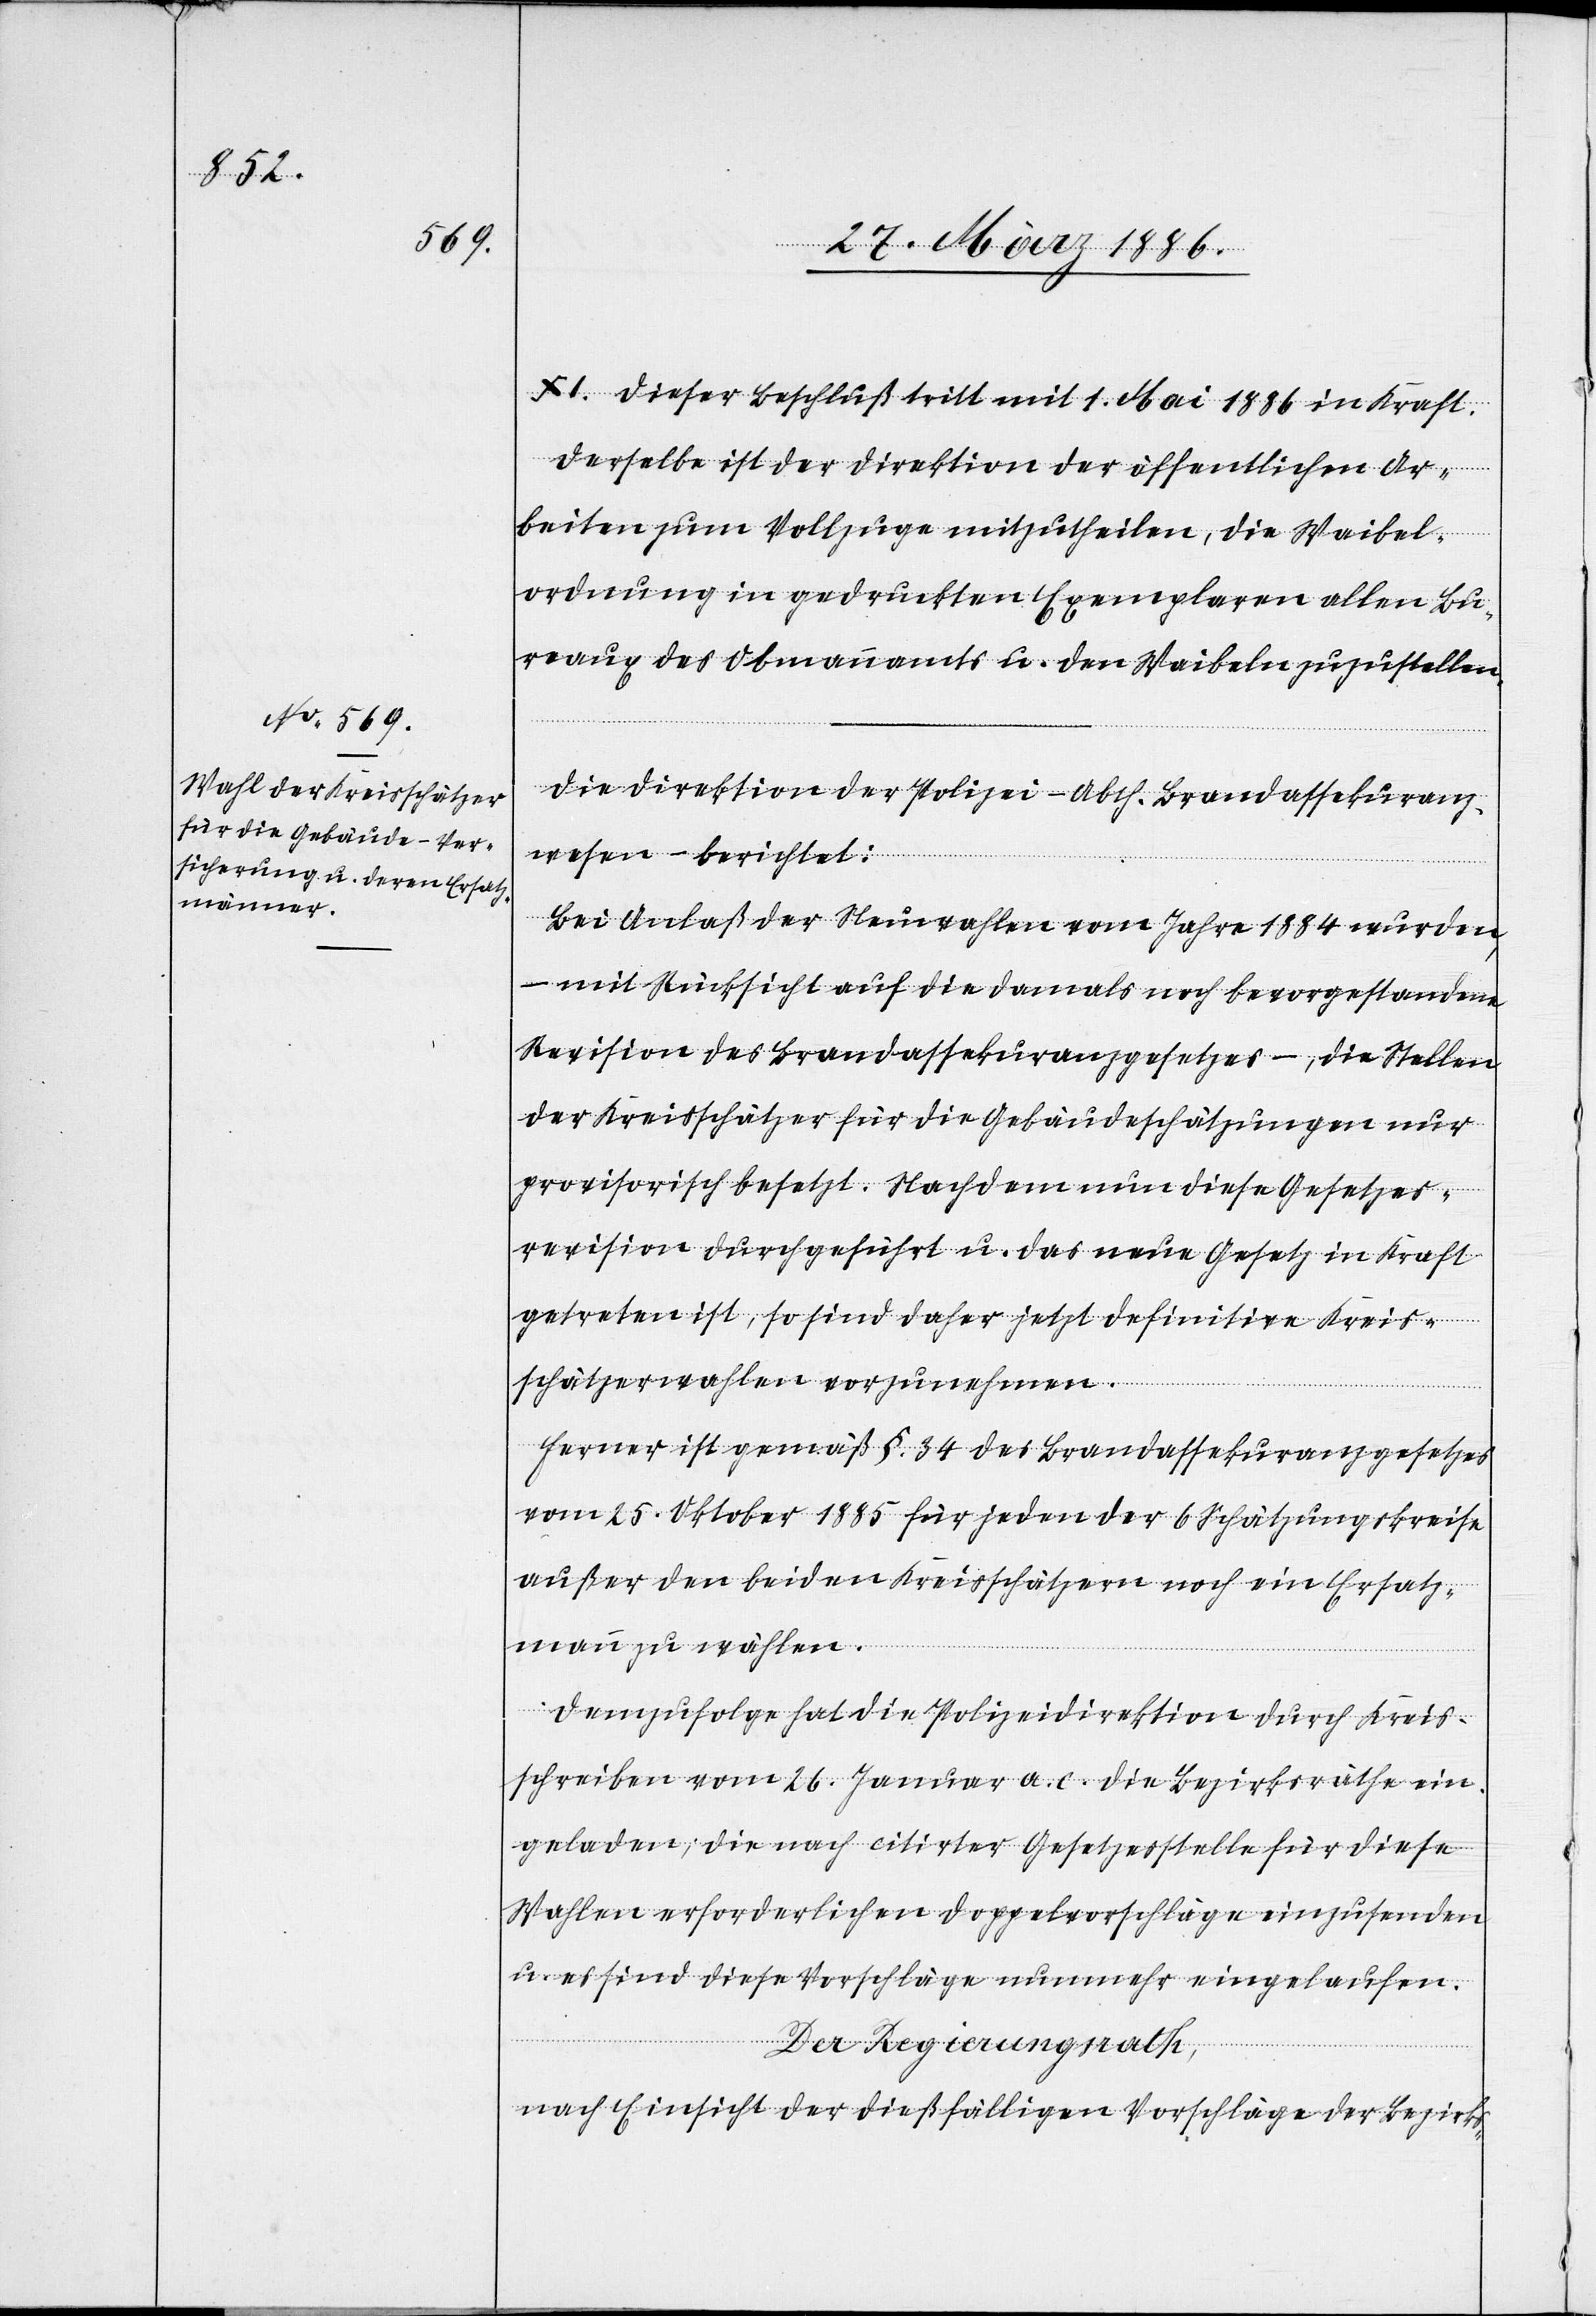
XI. Dieser Beschluß tritt mit 1. Mai 1886 in Kraft.
Derselbe ist der Direktion der öffentlichen Ar¬
beiten zum Vollzuge mitzutheilen, die Waibel¬
ordnung in gedruckter Exemplaren allen Bu¬
reaux des Obmannamts u. den Waibeln zuzustellen.
Die Direktion der Polizei – Abth. Brandassekuranz¬
wesen – berichtet:
Bei Anlaß der Neuwahlen vom Jahre 1884 wurden
– mit Rücksicht auf die damals noch bevorgestandene
Revision des Brandassekuranzgesetzes –, die Stellen
der Kreisschätzer für die Gebäudeschätzungen nur
provisorisch besetzt. Nachdem nun diese Gesetzes¬
revision durchgeführt u. da neue Gesetz in Kraft
getreten ist, so sind daher jetzt definitive Kreis¬
schätzerwahlen vorzunehmen.
Ferner ist gemäß §. 34 des Brandassekuranzgesetzes
vom 25. Oktober 1885 für jeden der 6 Schätzungskreise
außer den beiden Kreisschätzern noch ein Ersatz¬
mann zu wählen.
Demzufolge hat die Polizeidirektion durch Kreis¬
schreiben vom 26. Januar a. c. die Bezirksräthe ein¬
geladen, die nach citirter Gesetzesstelle für diese
Wahlen erforderlichen Doppelvorschläge einzusenden
es sind diese Vorschläge nunmehr eingelaufen.
Der Regierungsrath,
nach Einsicht der Dießfälligen Vorschläge der Bezirks-